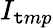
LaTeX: I_{\mathtt{t}mp}